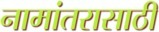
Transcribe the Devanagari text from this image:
नामांतरासाठी